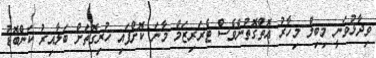
ވިދާޅުވަނީ މިބިލް މިހާރު އޮތްގޮތުންވެސް ޓެރަރިޒަމް މާނަ ކޮށްފައި ހުރިގޮތަށް ބަލާއިރު ކަންބޮޑު